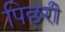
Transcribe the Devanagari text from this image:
पिछरी